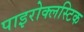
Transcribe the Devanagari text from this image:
पाइरोक्लस्टिक